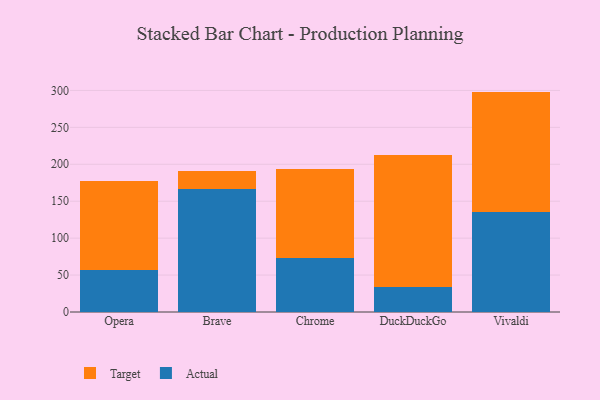
{"axis": {"x": "Browser", "y": "Bounce Rate (%)"}, "legend": ["Actual", "Target"], "data": [{"x": "Opera", "y": 56.2, "type": "Actual"}, {"x": "Opera", "y": 120.5, "type": "Target"}, {"x": "Brave", "y": 165.9, "type": "Actual"}, {"x": "Brave", "y": 25.5, "type": "Target"}, {"x": "Chrome", "y": 72.9, "type": "Actual"}, {"x": "Chrome", "y": 120.7, "type": "Target"}, {"x": "DuckDuckGo", "y": 34.5, "type": "Actual"}, {"x": "DuckDuckGo", "y": 178.5, "type": "Target"}, {"x": "Vivaldi", "y": 135.3, "type": "Actual"}, {"x": "Vivaldi", "y": 163.1, "type": "Target"}]}